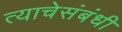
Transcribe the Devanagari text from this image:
त्याचेसंबंधी